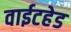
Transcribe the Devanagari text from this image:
वाईटहेड